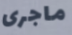
ماجرى